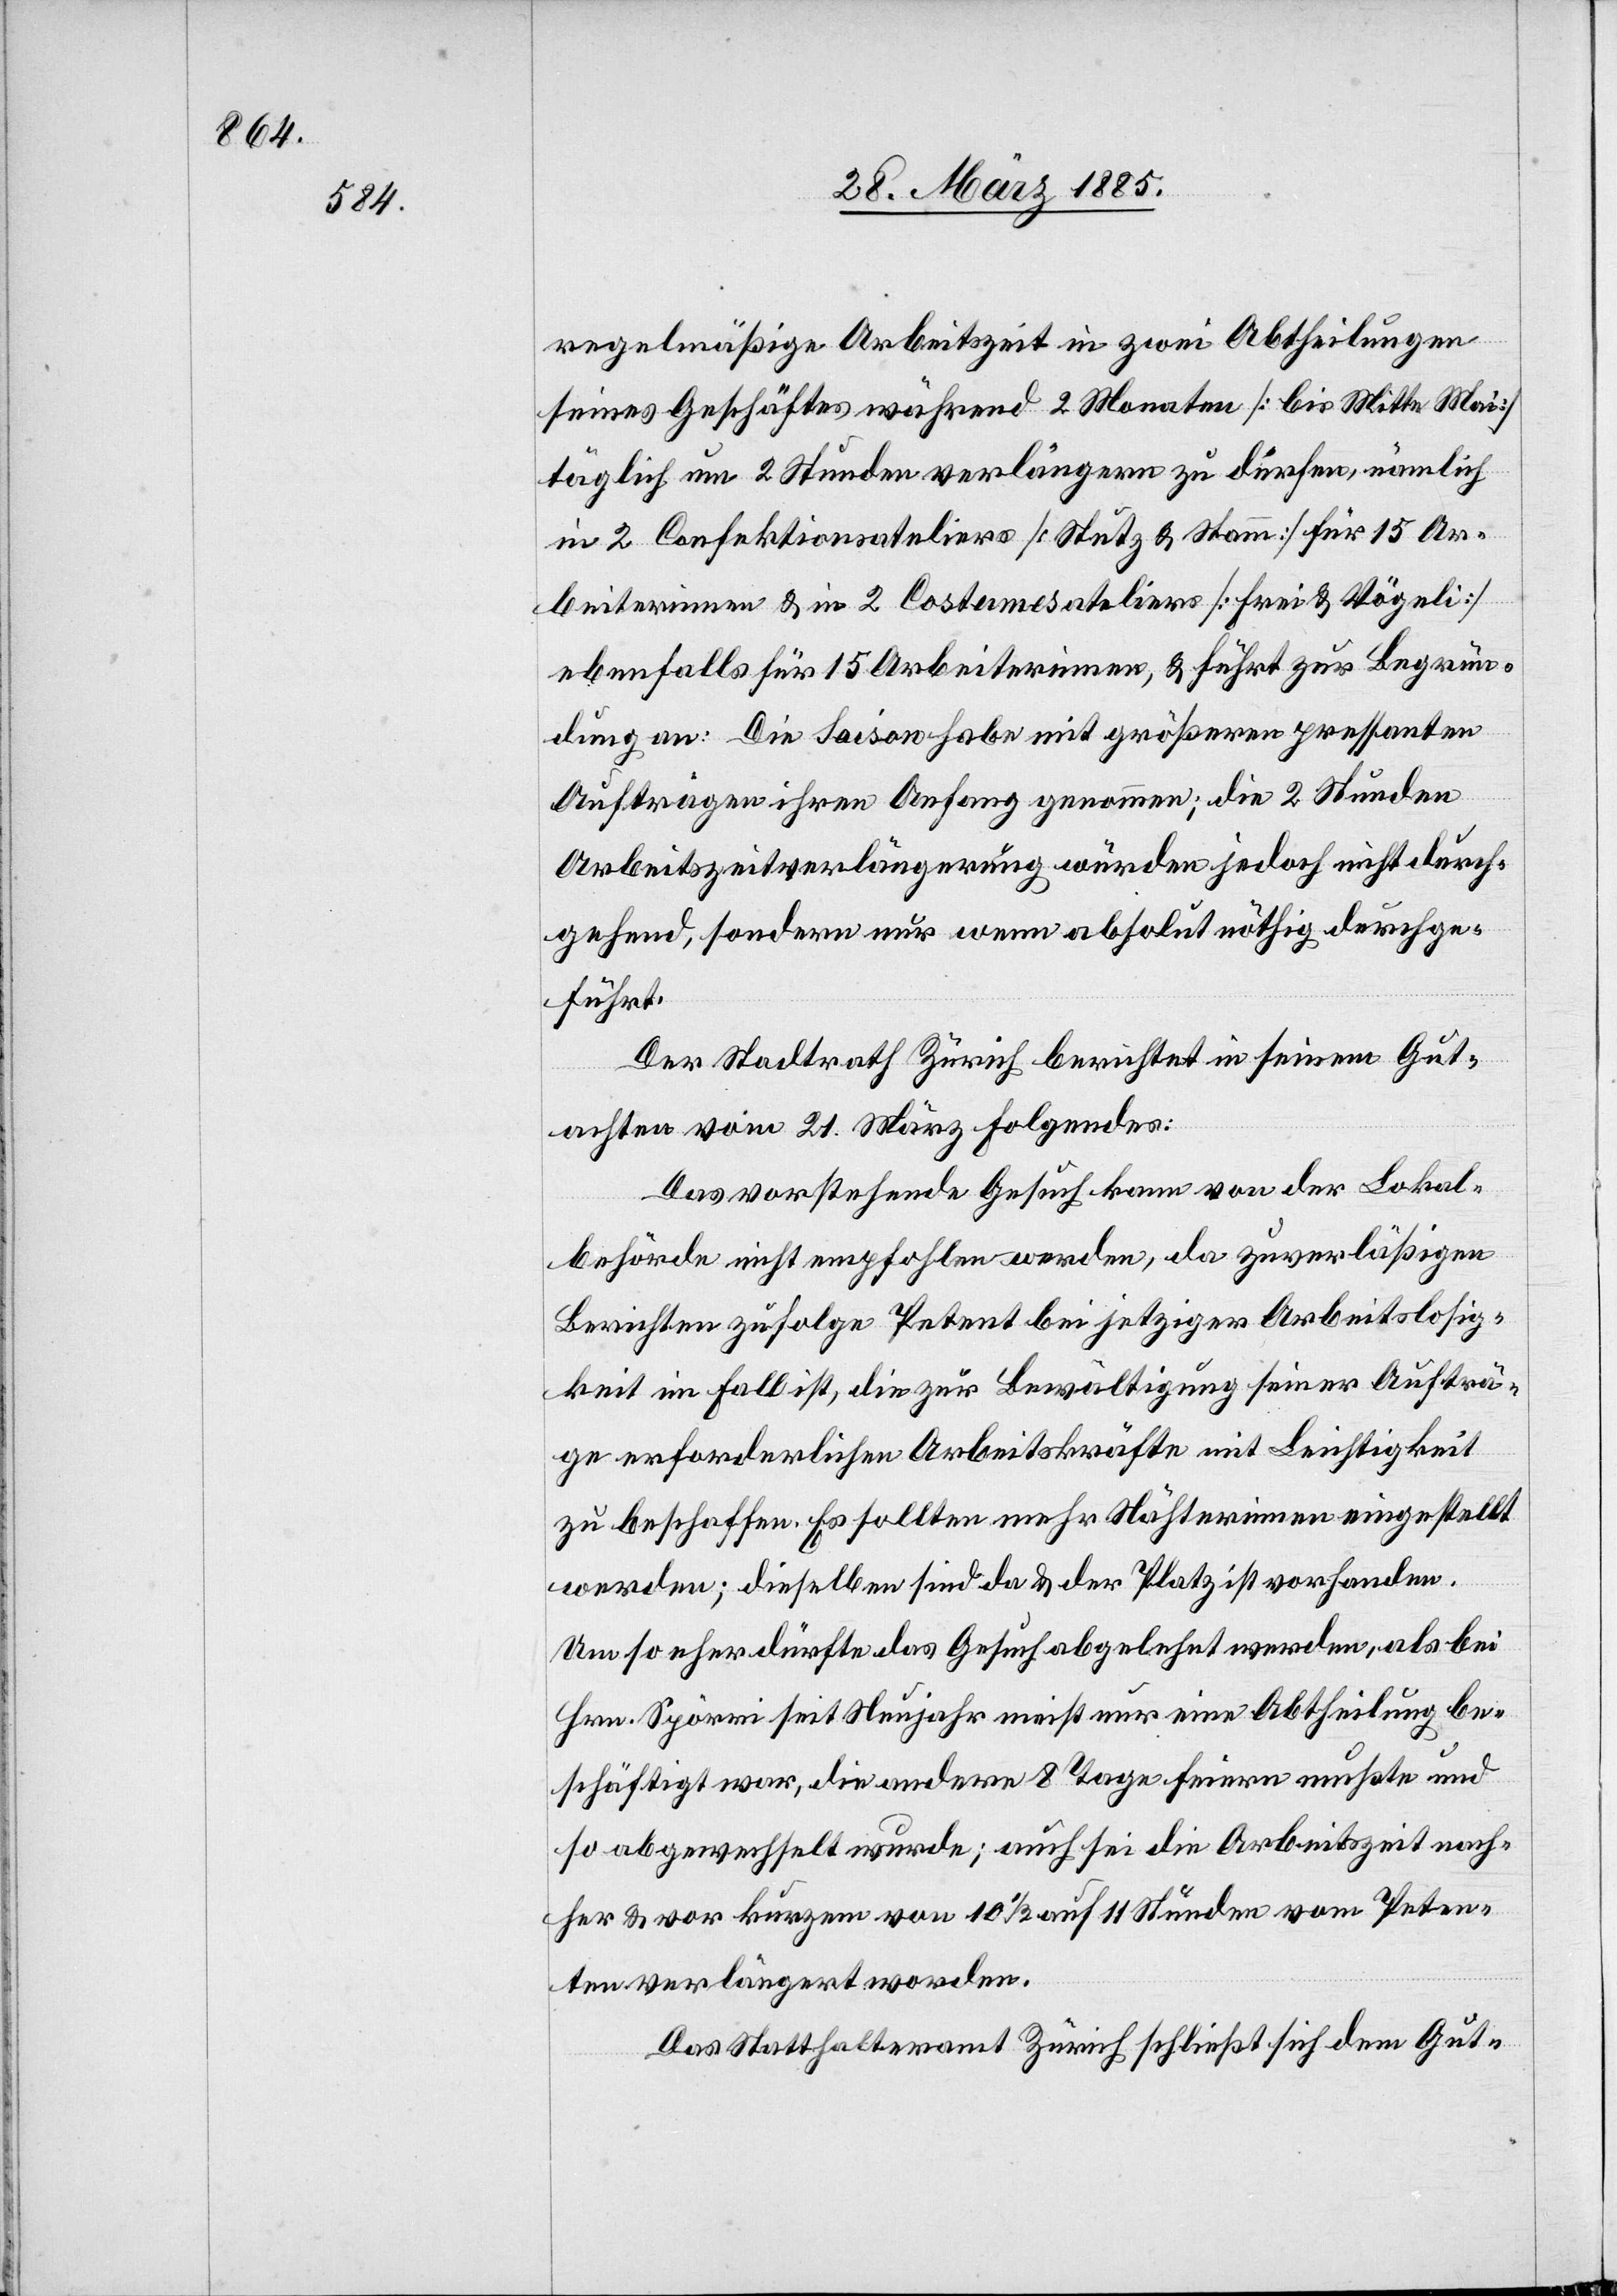
regelmäßige Arbeitszeit in zwei Abtheilungen
seines Geschäftes während 2 Monaten [bis Mitte Mai]
täglich um 2 Stunden verlängern zu dürfen, nämlich
in 2 Confektionsateliers [Stutz & Stamm] für 15 Ar¬
beiterinnen & 2 Costumesateliers [Frei & Vögeli]
ebenfalls für 15 Arbeiterinnen, & führt zur Begrün¬
dung an: Die Saison habe mit größeren pressanten
Aufträgen ihren Anfang genommen; die 2 Stunden
Arbeitszeitverlängerung würden jedoch nicht durch¬
gehend, sondern nur wenn absolut nöthig durchge¬
führt.
Der Stadtrath Zürich berichtet in seinem Gut¬
achten vom 21. März Folgendes:
Das vorstehende Gesuch kann von der Lokal¬
behörde nicht empfohlen werden, da zuverläßigen
Berichten zufolge Petent bei jetziger Arbeitslosig¬
keit im Fall ist, die zur Bewältigung seiner Aufträ¬
ge erforderlichen Arbeitskräfte mit Leichtigkeit
zu beschaffen. Es sollten mehr Nähterinnen [sic!] eingestellt
werden; dieselben sind da & der Platz ist vorhanden.
Um so eher dürfte das Gesuch abgelehnt werden, als bei
Hrn. Spörri seit Neujahr meist nur eine Abtheilung be¬
schäftigt war, die andere 8 Tage feiern mußte und
so abgewechselt wurde; auch sei die Arbeitszeit nach¬
her & vor kurzem von 10 1/2 auf 11 Stunden vom Peten¬
ten verlängert worden.
Das Statthalteramt Zürich schließt sich dem Gut-